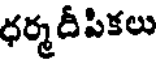
ధర్మదీపికలు